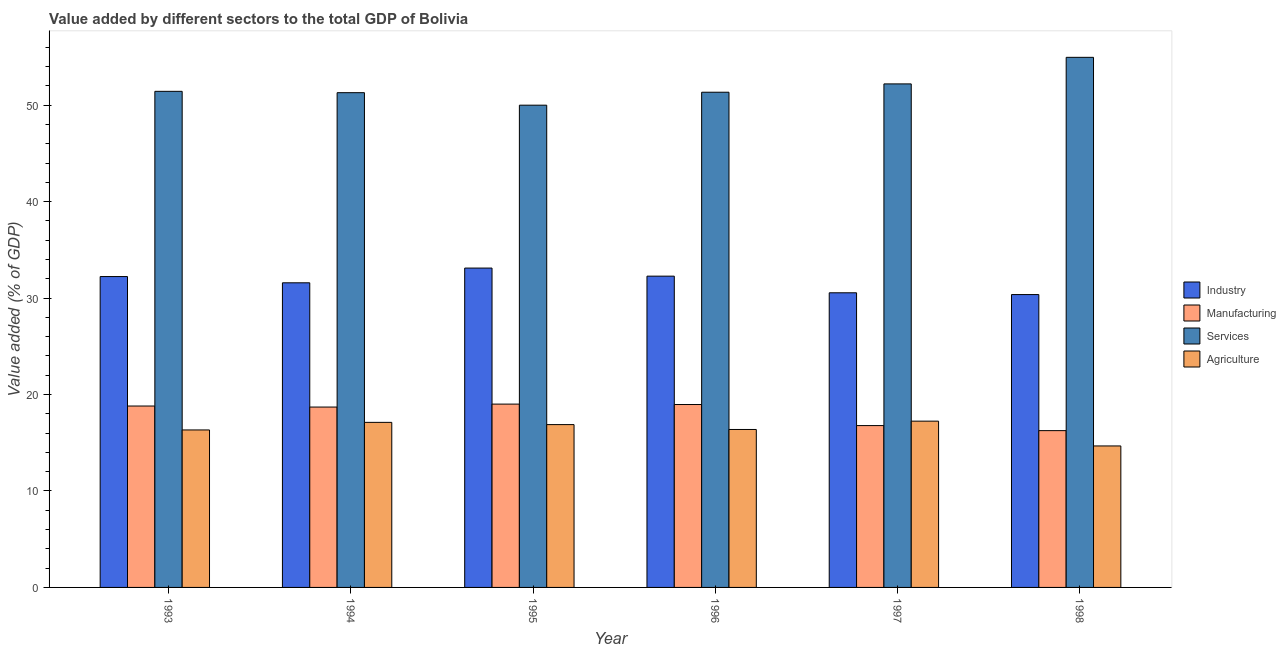
| Year | Industry | Manufacturing | Services | Agriculture |
 | --- | --- | --- | --- | --- |
 | 1993 | 32.2 | 18.8 | 51.4 | 16.3 |
 | 1994 | 31.6 | 18.7 | 51.3 | 17.1 |
 | 1995 | 33.1 | 19 | 50 | 16.9 |
 | 1996 | 32.3 | 19 | 51.3 | 16.4 |
 | 1997 | 30.6 | 16.8 | 52.2 | 17.2 |
 | 1998 | 30.4 | 16.3 | 55 | 14.7 |